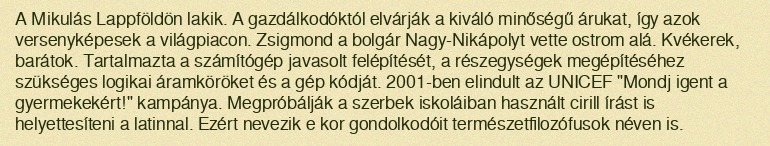
A Mikulás Lappföldön lakik. A gazdálkodóktól elvárják a kiváló minőségű árukat, így azok versenyképesek a világpiacon. Zsigmond a bolgár Nagy-Nikápolyt vette ostrom alá. Kvékerek, barátok. Tartalmazta a számítógép javasolt felépítését, a részegységek megépítéséhez szükséges logikai áramköröket és a gép kódját. 2001-ben elindult az UNICEF "Mondj igent a gyermekekért!" kampánya. Megpróbálják a szerbek iskoláiban használt cirill írást is helyettesíteni a latinnal. Ezért nevezik e kor gondolkodóit természetfilozófusok néven is.